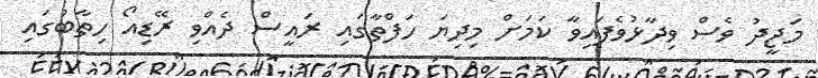
މަޖީދު ވެސް ވިދާޅުވެފައިވާ ކަމަށް މިދިޔަ ހަފްތާގައި ރައީސް ދެއްވި ރޭޑިއޯ ހިތާބުގައި